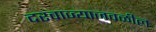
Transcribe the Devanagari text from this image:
दरवाज्याजवळील